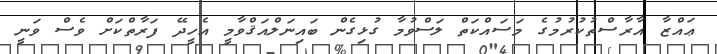
ޢައްޒާ އާރާސްތުކުރުމުގެ މަސައްކަތް ލަސްވުމާ ގުޅިގެން ބައިނަލްއަޤްވާމީ އެހީދޭ ފަރާތްކަށް ވެސް ވަނީ